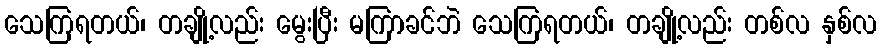
သေကြရတယ်၊ တချို့လည်း မွေးပြီး မကြာခင်ဘဲ သေကြရတယ်၊ တချို့လည်း တစ်လ နှစ်လ